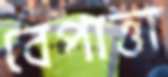
বেপাত্তা